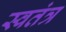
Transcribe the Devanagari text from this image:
स्वतंत्र